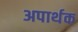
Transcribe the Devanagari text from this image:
अपार्थक